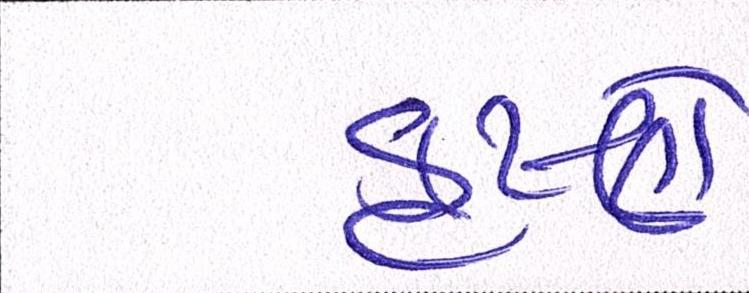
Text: કૃષ્ણે